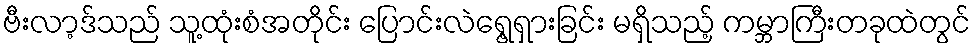
ဗီးလာ့ဒ်သည် သူ့ထုံးစံအတိုင်း ပြောင်းလဲရွေ့ရှားခြင်း မရှိသည့် ကမ္ဘာကြီးတခုထဲတွင်